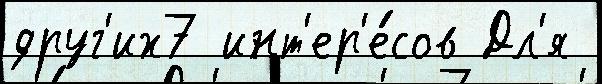
друг'их7 инт'ер'е́сов Дл'я